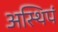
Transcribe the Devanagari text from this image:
अस्थिपं